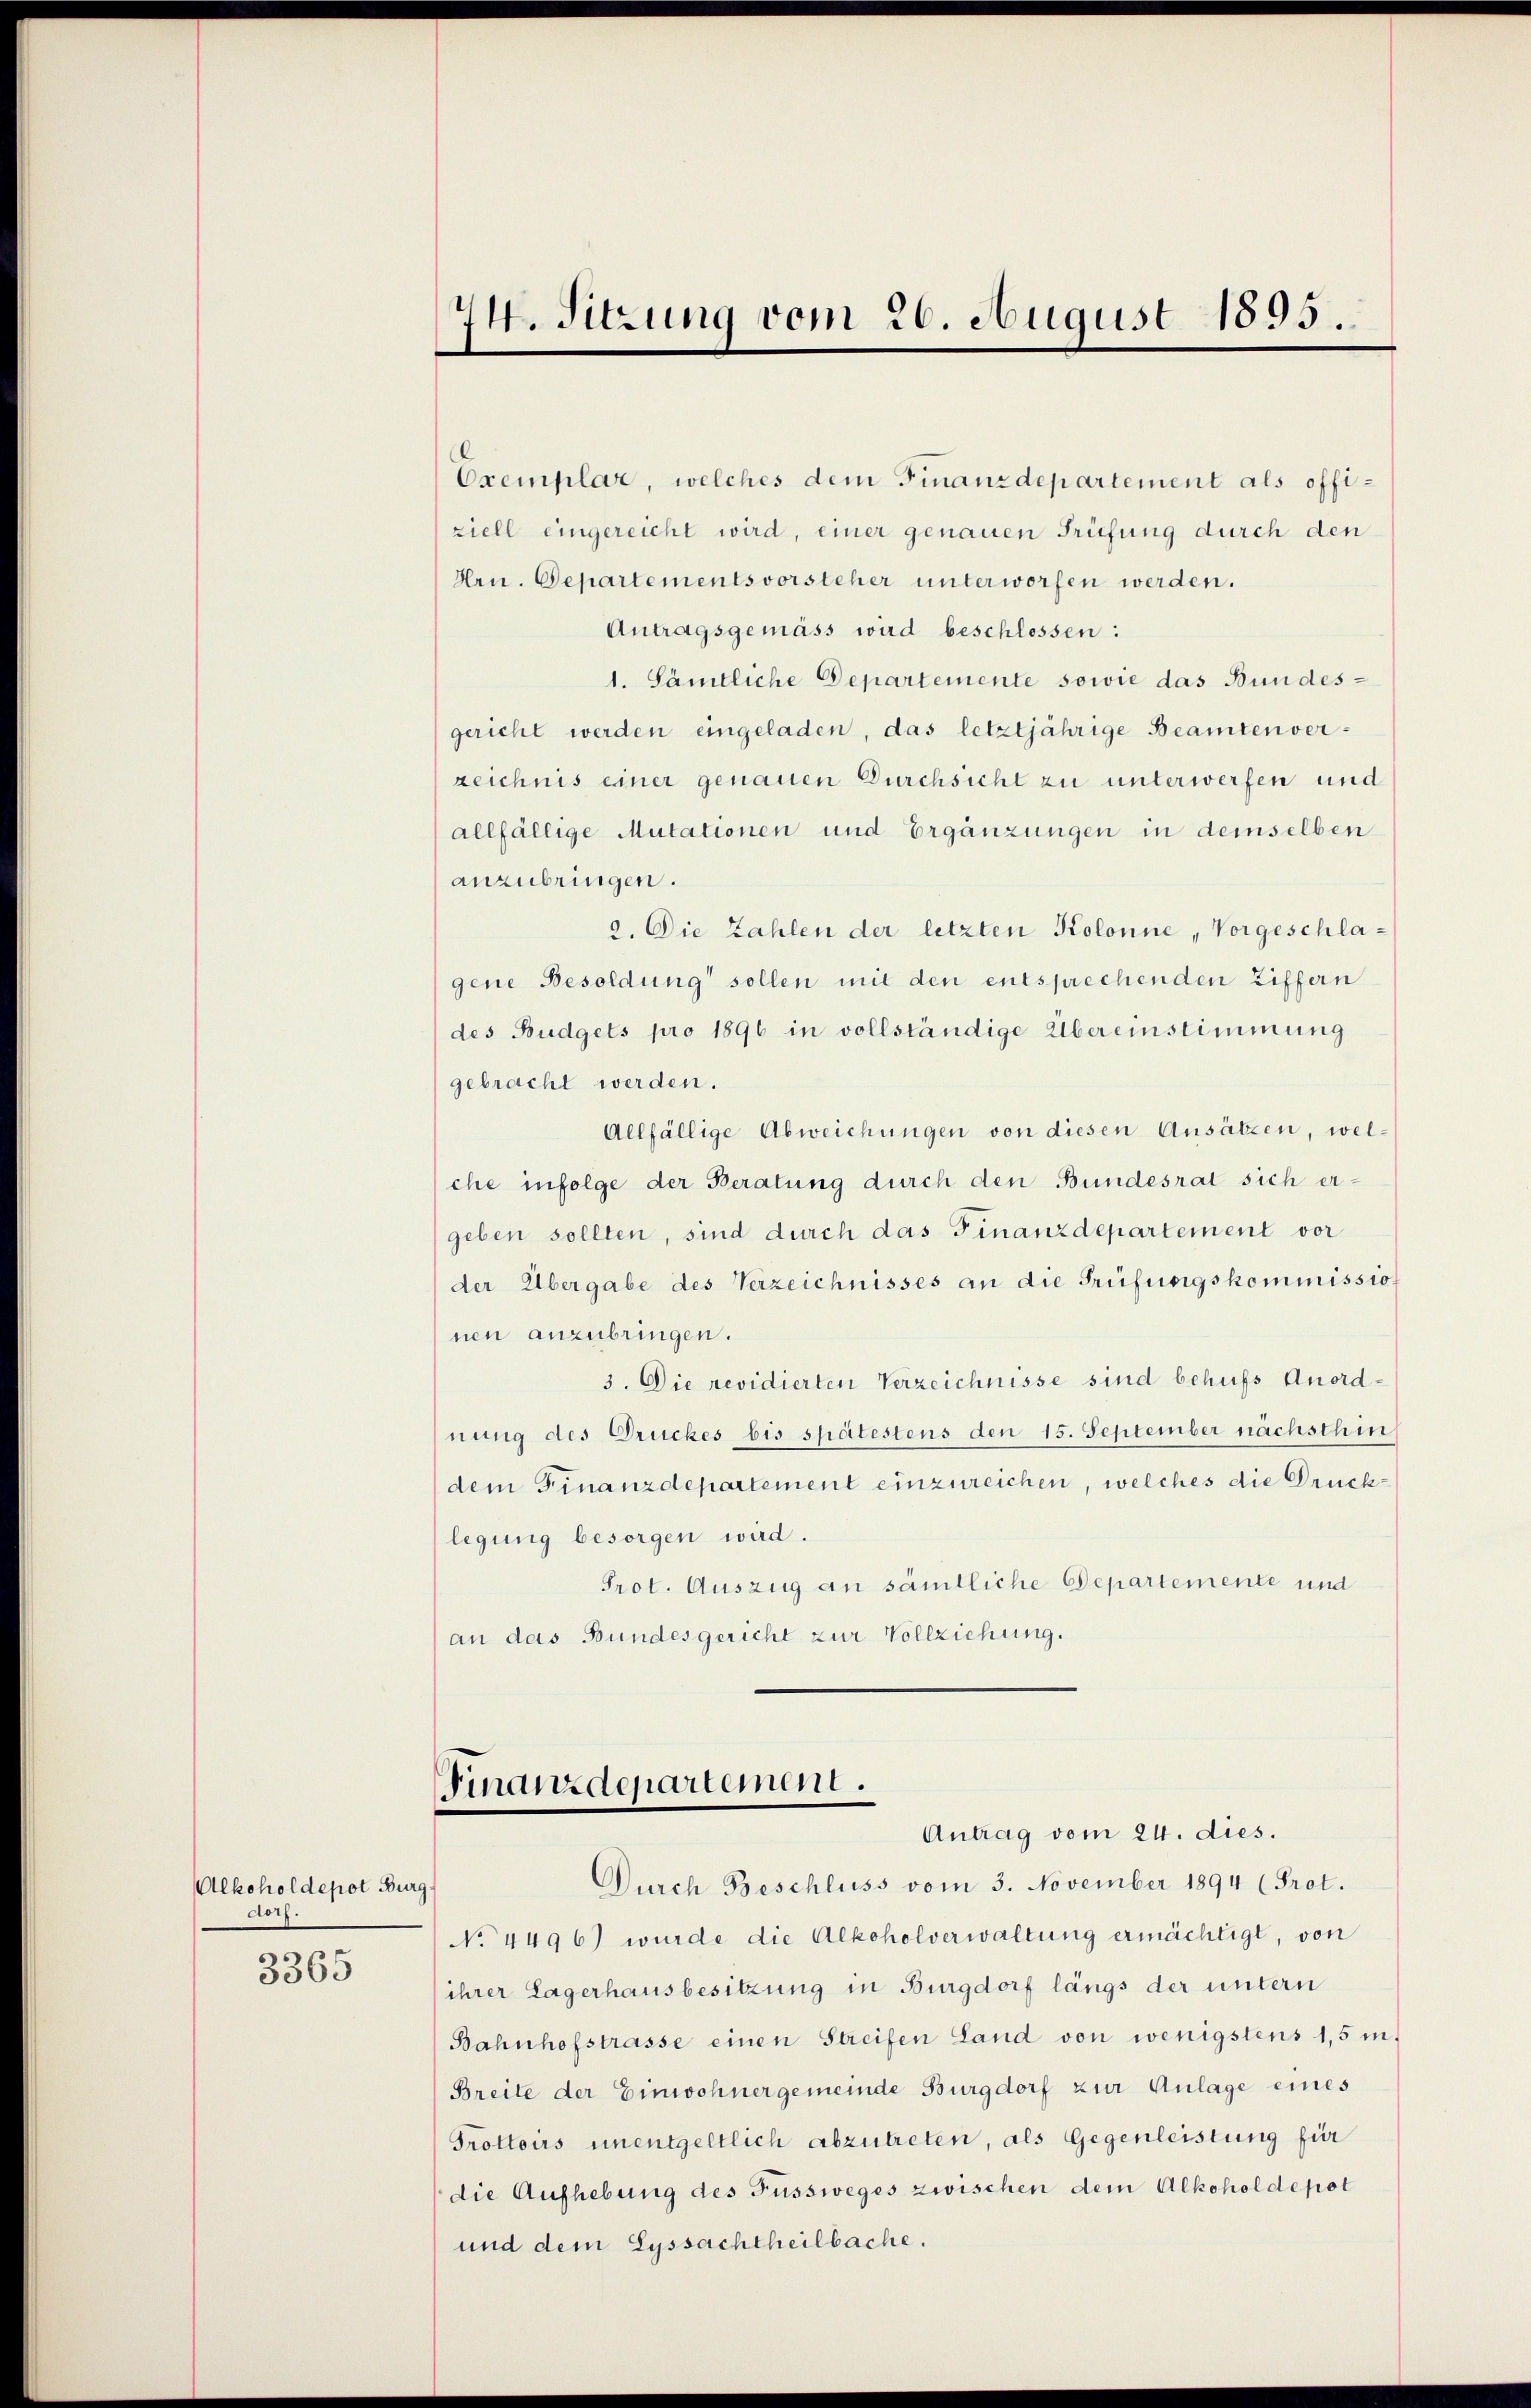
Alkoholdepot Burg.
dorf.

3365

Exemplar, welches dem Finanzdepartement als offiziell eingereicht wird, einer genauen Prüfung durch den
Hrn. Departementsvorsteher unterworfen werden.
Antragsgemäss wird beschlossen:
1. Sämtliche Departemente sowie das Bundesgericht werden eingeladen, das letztjährige Beamten verzeichnis einer genauen Durchsicht zu unterwerfen und
allfällige Mutationen und Ergänzungen in demselben
anzubringen.
2. Die Zahlen der letzten Kolonne, Vorgeschlagene Besoldung sollen mit den entsprechenden Ziffern
des Budgets pro 1896 in vollständige Übereinstimmung
gebracht werden.
Allfällige Abweichungen von diesen Ansätzen, welche infolge der Beratung durch den Bundesrat sich ergeben sollten, sind durch das Finanzdepartement vor
der Übergabe des Verzeichnisses an die Prüfungskommission
nen anzubringen.
3. Die revidierten Verzeichnisse sind behufs Anordnung des Druckes bis spätestens den 15. September nächsthin
(dem Finanzdepartement einzureichen, welches die Drucklegung besorgen wird.
Prot. Auszug an sämtliche Departemente und
(an das Bundesgericht zur Vollziehung.

74. Sitzung vom 26. August 1895.

Finanzdepartement.
Antrag vom 24. dies.

Durch Beschluss vom 3. November 1894 (Prot.
No 4496) wurde die Alkoholverwaltung ermächtigt, von
ihrer Lagerhausbesitzung in Burgdorf längs der untern
Bahnhofstrasse einen Streifen Land von wenigstens 1,5 m
Breite der Einwohnergemeinde Burgdorf zur Anlage eines
Trottoirs unentgeltlich abzutreten, als Gegenleistung für
die Aufhebung des Fussweges zwischen dem Alkohol depot
und dem Lyssachtheilbache.